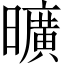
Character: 曠